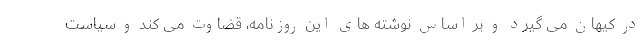
در کیهان می گیرد و بر اساس نوشته های این روزنامه، قضاوت می کند و سیاست